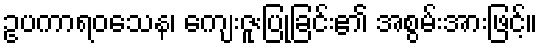
ဥပကာရဝသေန၊ ကျေးဇူးပြုခြင်း၏ အစွမ်းအားဖြင့်။